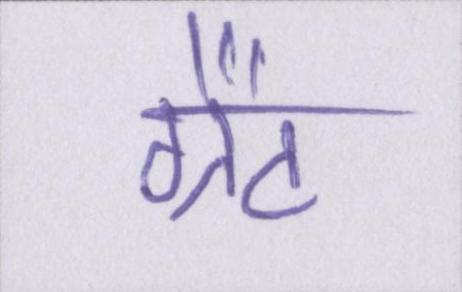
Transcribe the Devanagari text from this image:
ग्रैंट